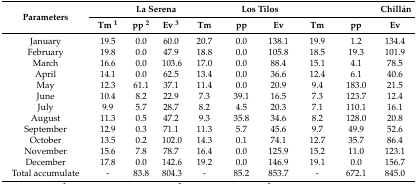
<table><thead><tr><td rowspan="2"><b>Parameters</b></td><td></td><td colspan="2"><b>La Serena</b></td><td></td><td colspan="2"><b>Los Tilos</b></td><td></td><td></td><td><b>Chillán</b></td></tr><tr><td><b>Tm <sup>1</sup></b></td><td><b>pp <sup>2</sup></b></td><td><b>Ev <sup>3</sup></b></td><td><b>Tm</b></td><td><b>pp</b></td><td><b>Ev</b></td><td><b>Tm</b></td><td><b>pp</b></td><td><b>Ev</b></td></tr></thead><tbody><tr><td>January</td><td>19.5</td><td>0.0</td><td>60.0</td><td>20.7</td><td>0.0</td><td>138.1</td><td>19.9</td><td>1.2</td><td>134.4</td></tr><tr><td>February</td><td>19.8</td><td>0.0</td><td>47.9</td><td>18.8</td><td>0.0</td><td>105.8</td><td>18.5</td><td>19.3</td><td>101.9</td></tr><tr><td>March</td><td>16.6</td><td>0.0</td><td>103.6</td><td>17.0</td><td>0.0</td><td>88.4</td><td>15.1</td><td>4.1</td><td>78.5</td></tr><tr><td>April</td><td>14.1</td><td>0.0</td><td>62.5</td><td>13.4</td><td>0.0</td><td>36.6</td><td>12.4</td><td>6.1</td><td>40.6</td></tr><tr><td>May</td><td>12.3</td><td>61.1</td><td>37.1</td><td>11.4</td><td>0.0</td><td>20.9</td><td>9.4</td><td>183.0</td><td>21.5</td></tr><tr><td>June</td><td>10.4</td><td>8.2</td><td>22.9</td><td>7.3</td><td>39.1</td><td>16.5</td><td>7.3</td><td>123.7</td><td>12.4</td></tr><tr><td>July</td><td>9.9</td><td>5.7</td><td>28.7</td><td>8.2</td><td>4.5</td><td>20.3</td><td>7.1</td><td>110.1</td><td>16.1</td></tr><tr><td>August</td><td>11.3</td><td>0.5</td><td>47.2</td><td>9.3</td><td>35.8</td><td>34.6</td><td>8.2</td><td>128.0</td><td>20.8</td></tr><tr><td>September</td><td>12.9</td><td>0.3</td><td>71.1</td><td>11.3</td><td>5.7</td><td>45.6</td><td>9.7</td><td>49.9</td><td>52.6</td></tr><tr><td>October</td><td>13.5</td><td>0.2</td><td>102.0</td><td>14.3</td><td>0.1</td><td>74.1</td><td>12.7</td><td>35.7</td><td>86.4</td></tr><tr><td>November</td><td>15.6</td><td>7.8</td><td>78.7</td><td>16.4</td><td>0.0</td><td>125.9</td><td>15.2</td><td>11.0</td><td>123.1</td></tr><tr><td>December</td><td>17.8</td><td>0.0</td><td>142.6</td><td>19.2</td><td>0.0</td><td>146.9</td><td>19.1</td><td>0.0</td><td>156.7</td></tr><tr><td>Total accumulate</td><td>-</td><td>83.8</td><td>804.3</td><td>-</td><td>85.2</td><td>853.7</td><td>-</td><td>672.1</td><td>845.0</td></tr></tbody></table>